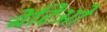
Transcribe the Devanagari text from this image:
बेरिओ